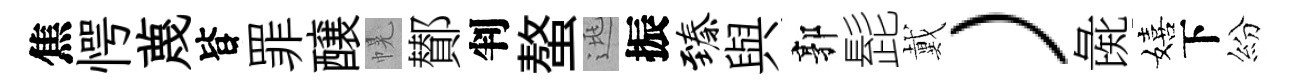
焦愕蔑𣅜罪醸幌鄼判螯逃振臻與郭髭戴）彘嬉下紛